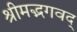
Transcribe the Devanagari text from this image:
श्रीमद्भगवद्